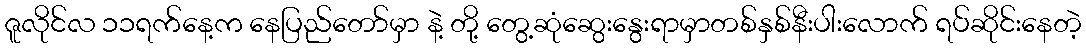
ဇူလိုင်လ ၁၁ရက်နေ့က နေပြည်တော်မှာ နဲ့ တို့ တွေ့ဆုံဆွေးနွေးရာမှာတစ်နှစ်နီးပါးလောက် ရပ်ဆိုင်းနေတဲ့